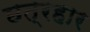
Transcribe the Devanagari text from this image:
छत्रहार